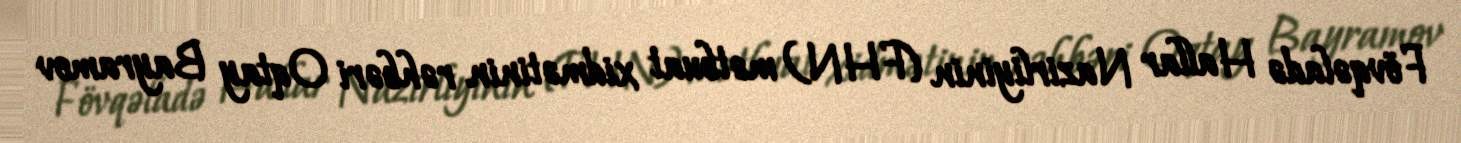
Fövqəladə Hallar Nazirliyinin (FHN) mətbuat xidmətinin rəhbəri Oqtay Bayramov